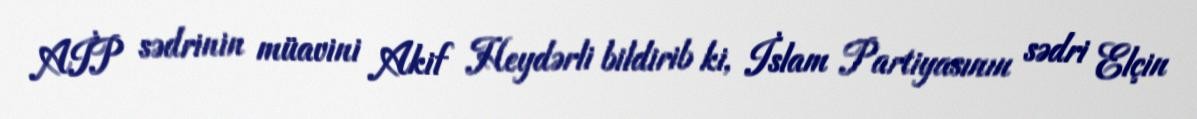
AİP sədrinin müavini Akif Heydərli bildirib ki, İslam Partiyasının sədri Elçin